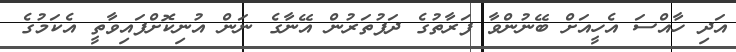
އަދި ހާއްސަ އެހީއަށް ބޭނުންވާ ފަރާތުގެ ދަފުތަރުން އޭނާގެ ނަން އުނިކޮށްފައިވާތީ އެކަމުގެ